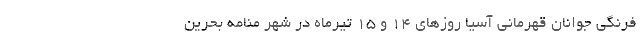
فرنگی جوانان قهرمانی آسیا روزهای ۱۴ و ۱۵ تیرماه در شهر منامه بحرین